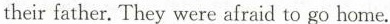
their father. They were afraid to go home.